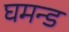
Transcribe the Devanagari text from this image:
घमन्ड